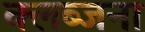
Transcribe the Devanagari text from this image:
क्लब्जना